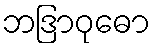
ဘဒြာဝုဓော